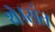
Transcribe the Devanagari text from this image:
थे।संत